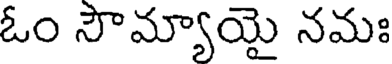
ఓం సౌమ్యాయై నమః